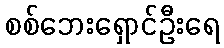
စစ်ဘေးရှောင်ဦးရေ